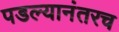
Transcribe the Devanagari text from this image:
पडल्यानंतरच